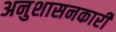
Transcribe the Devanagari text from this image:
अनुशासनकारी